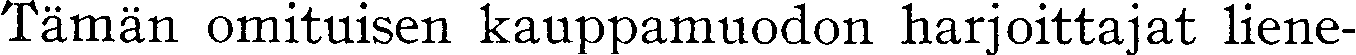
Tämän omituisen kauppamuodon harjoittajat liene-